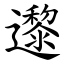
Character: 邌